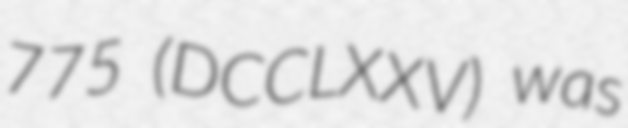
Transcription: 775 (DCCLXXV) was